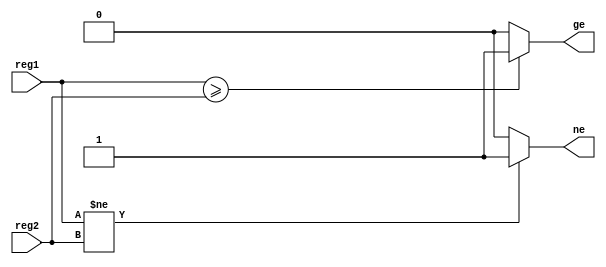
`timescale 1ns / 1ps
//////////////////////////////////////////////////////////////////////////////////
// Company: 
// Engineer: 
// 
// Design Name: 
// Module Name: comparator
// Project Name: 
// Target Devices: 
// Tool Versions: 
// Description: 
// 
// Dependencies: 
// 
// Revision:
// Revision 0.01 - File Created
// Additional Comments:
// 
//////////////////////////////////////////////////////////////////////////////////


module comparator( // comparador para UC
    input signed [31:0] reg1, // operando de entrada 1
    input signed [31:0] reg2, // operando de entrada 2
    output reg ne, // salida negative
    output reg ge // salida greater equal
    );

    wire resta; // cable interno
    assign resta = (reg1 >= reg2); // resta de operandos 

    always @(*) // asigna bandera ge segn resta
        if (resta) 
            ge <= 1'b1; 
        else
            ge <= 1'b0;

    always @(*) // asigna bandera ne segn resta
        if (reg1 != reg2)
            ne <= 1'b1;
        else
            ne <= 1'b0;

endmodule